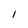
Character: 1